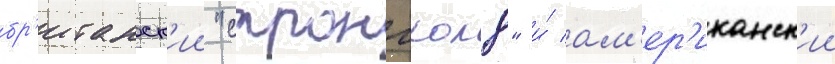
бр'итанск'ии "стронгхолд" и́ ам'ер'иканск'ии